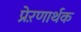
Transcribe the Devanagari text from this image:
प्रेऱणार्थक